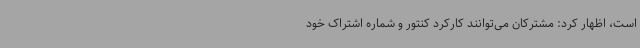
است، اظهار کرد: مشترکان می‌توانند کارکرد کنتور و شماره اشتراک خود